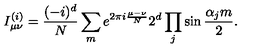
I _ { \mu \nu } ^ { ( i ) } = { \frac { ( - i ) ^ { d } } { N } } \sum _ { m } { e ^ { 2 \pi i { \frac { \mu - \nu } { N } } } 2 ^ { d } \prod _ { j } \sin { \frac { \alpha _ { j } m } { 2 } } } .